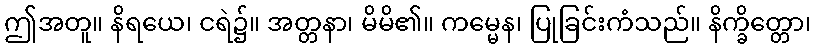
ဤအတူ။ နိရယေ၊ ငရဲ၌။ အတ္တနာ၊ မိမိ၏။ ကမ္မေန၊ ပြုခြင်းကံသည်။ နိက္ခိတ္တော၊